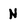
Character: N